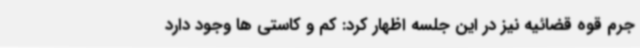
جرم قوه قضائیه نیز در این جلسه اظهار کرد: کم و کاستی ها وجود دارد